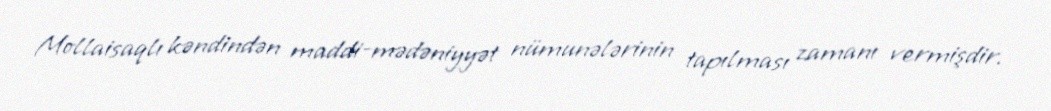
Mollaisaqlı kəndindən maddi-mədəniyyət nümunələrinin tapılması zamanı vermişdir.